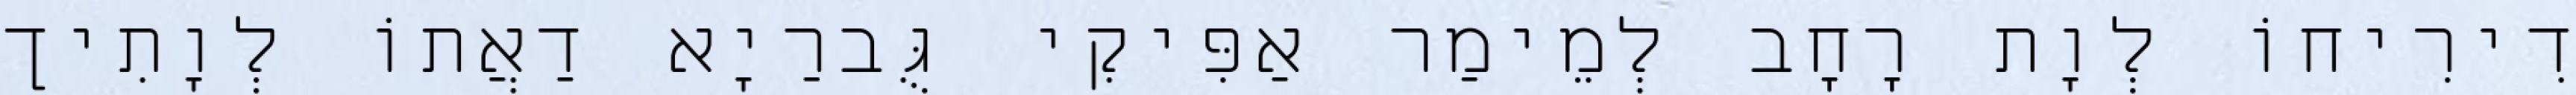
דִירִיחוֹ לְוָת רָחָב לְמֵימַר אַפִּיקִי גֻּברַיָא דַאֲתוֹ לְוָתִיך